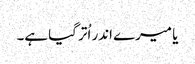
یا میرے اندر اُتر گیا ہے۔